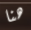
هنا